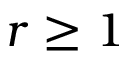
r \geq 1